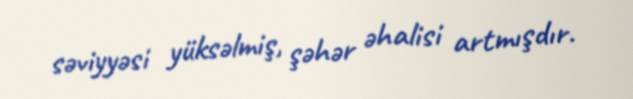
səviyyəsi yüksəlmiş, şəhər əhalisi artmışdır.